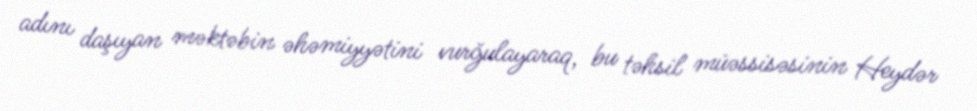
adını daşıyan məktəbin əhəmiyyətini vurğulayaraq, bu təhsil müəssisəsinin Heydər